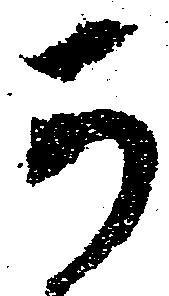
可